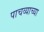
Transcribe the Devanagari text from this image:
पाचव्याच्या